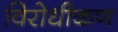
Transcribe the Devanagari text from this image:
विरोधीकण